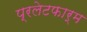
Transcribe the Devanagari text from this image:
प्रलेटफार्म